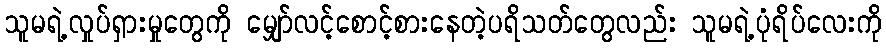
သူမရဲ့လှုပ်ရှားမှုတွေကို မျှော်လင့်စောင့်စားနေတဲ့ပရိသတ်တွေလည်း သူမရဲ့ပုံရိပ်လေးကို